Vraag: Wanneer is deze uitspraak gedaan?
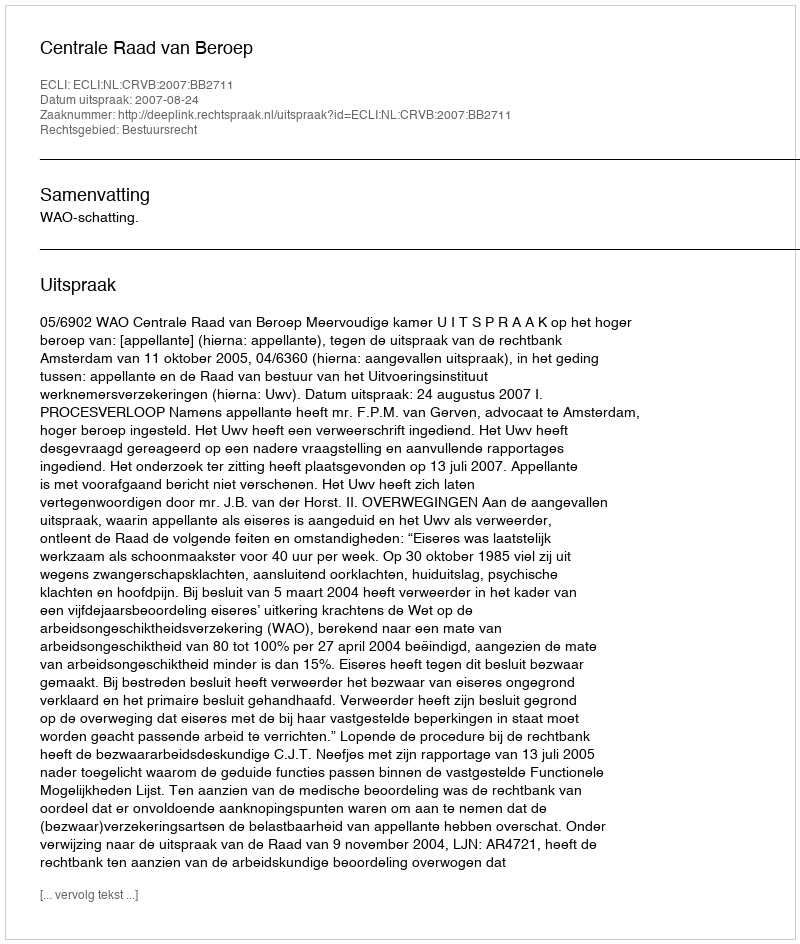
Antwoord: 2007-08-24